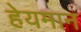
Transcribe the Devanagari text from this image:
हेयमान